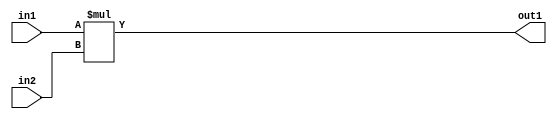
`timescale 1ps / 1ps
/*****************************************************************************
    Verilog RTL Description
    
    
    Created by: Stratus DpOpt 2019.1.01 
*******************************************************************************/

module st_weight_addr_gen_Mul_16Ux16U_32U_4_0 (
	in2,
	in1,
	out1
	); /* architecture "behavioural" */ 
input [15:0] in2,
	in1;
output [31:0] out1;
wire [31:0] asc001;

assign asc001 = 
	+(in1 * in2);

assign out1 = asc001;
endmodule

/* CADENCE  ubDxTgA= : u9/ySgnWtBlWxVPRXgAZ4Og= ** DO NOT EDIT THIS LINE ******/